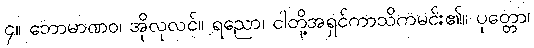
၄။ ဘောမာဏဝ၊ အိုလုလင်။ ရညော၊ ငါတို့အရှင်ကာသိကမင်း၏။ ပုတ္တော၊